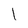
Character: l